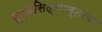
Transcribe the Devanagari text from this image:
सूर्यसिद्धान्ताचा